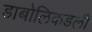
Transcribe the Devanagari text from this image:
डाबोलिकडली